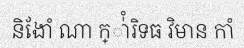
និងែាំ ណា ក្ា់ំរិទធ វិមាន កាំ